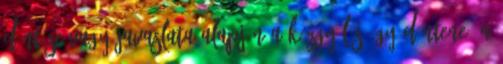
döntése vagy javaslata alapján a közgyűlés úgy döntene. A